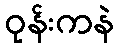
ဝုန်းကနဲ